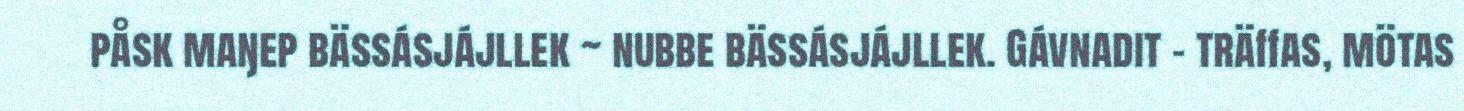
påsk maŋep bässásjájllek ~ nubbe bässásjájllek. Gávnadit - träffas, mötas